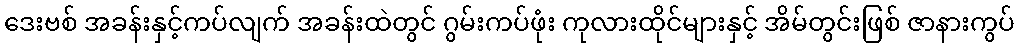
ဒေးဗစ် အခန်းနှင့်ကပ်လျက် အခန်းထဲတွင် ဂွမ်းကပ်ဖုံး ကုလားထိုင်များနှင့် အိမ်တွင်းဖြစ် ဇာနားကွပ်